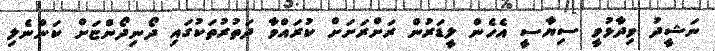
ނަޝީދު ވިދާޅުވީ ސިޔާސީ އެހެން ލީޑަރުން ރަށްރަށަށް ކުރައްވާ ދަތުރުތަކުގައި ދޯނިދޯންޏަށް ކަންނެލި